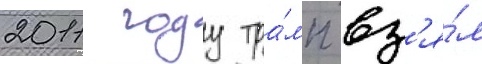
2011 году тра́мп вз'я́л